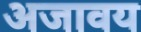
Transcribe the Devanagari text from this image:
अजावय